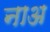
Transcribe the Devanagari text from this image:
नाअ